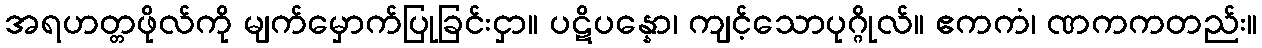
အရဟတ္တဖိုလ်ကို မျက်မှောက်ပြုခြင်းငှာ။ ပဋိပန္နော၊ ကျင့်သောပုဂ္ဂိုလ်။ ဧကကံ၊ ဏကကတည်း။